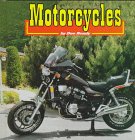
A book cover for Motorcycles (Transportation (Capstone)); Dee Ready; Children's Books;